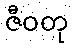
ဇီဝတု